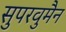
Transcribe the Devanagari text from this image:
सुपरवुमैन